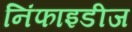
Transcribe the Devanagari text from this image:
निंफाइडीज